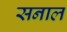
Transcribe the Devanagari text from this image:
सनाल